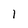
Character: 1